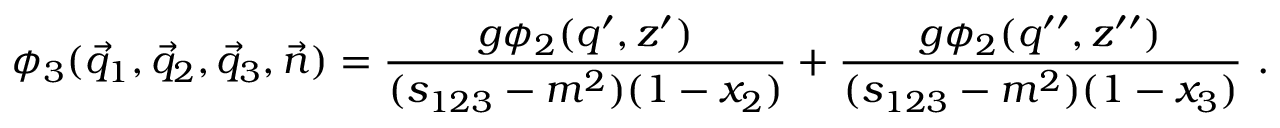
\phi _ { 3 } ( \vec { q } _ { 1 } , \vec { q } _ { 2 } , \vec { q } _ { 3 } , \vec { n } ) = \frac { g \phi _ { 2 } ( q ^ { \prime } , z ^ { \prime } ) } { ( s _ { 1 2 3 } - m ^ { 2 } ) ( 1 - x _ { 2 } ) } + \frac { g \phi _ { 2 } ( q ^ { \prime \prime } , z ^ { \prime \prime } ) } { ( s _ { 1 2 3 } - m ^ { 2 } ) ( 1 - x _ { 3 } ) } \ .